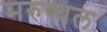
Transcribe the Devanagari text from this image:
मरुष्थल